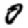
Digit: 0